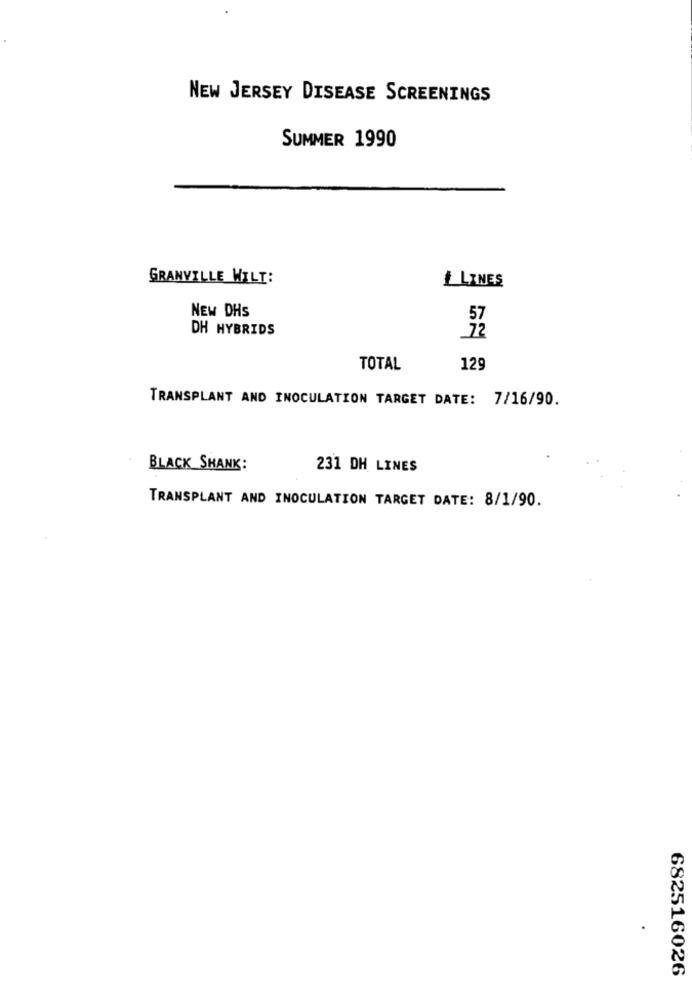
NEW JERSEY DISEASE SCREENINGS
SUMMER 1990
GRANVILLE WILT:
# LINES
NEW DHS
DH HYBRIDS
TOTAL
129
TRANSPLANT AND INOCULATION TARGET DATE: 7/16/90.
BLACK SHANK:
231 DH LINES
TRANSPLANT AND INOCULATION TARGET DATE: 8/1/90.
682516026